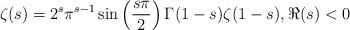
LaTeX: \begin{align*}\zeta(s) = 2^s\pi^{s-1}\sin\left(\frac{s\pi}{2}\right) \Gamma(1-s)\zeta(1-s),\Re(s)<0 \end{align*}